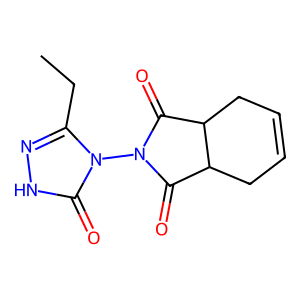
SMILES: CCc1n[nH]c(=O)n1N1C(=O)C2CC=CCC2C1=O
Inhibits HIV replication: No